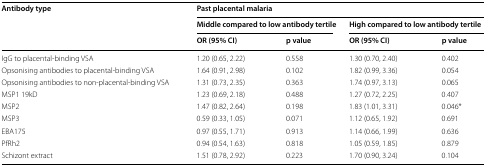
<table><thead><tr><td rowspan="3"><b>Antibody type</b></td><td colspan="4"><b>Past placental malaria</b></td></tr><tr><td colspan="2"><b>Middle compared to low antibody tertile</b></td><td colspan="2"><b>High compared to low antibody tertile</b></td></tr><tr><td><b>OR (95% CI)</b></td><td><b>p value</b></td><td><b>OR (95% CI)</b></td><td><b>p value</b></td></tr></thead><tbody><tr><td>IgG to placental-binding VSA</td><td>1.20 (0.65, 2.22)</td><td>0.558</td><td>1.30 (0.70, 2.40)</td><td>0.402</td></tr><tr><td>Opsonising antibodies to placental-binding VSA</td><td>1.64 (0.91, 2.98)</td><td>0.102</td><td>1.82 (0.99, 3.36)</td><td>0.054</td></tr><tr><td>Opsonising antibodies to non-placental-binding VSA</td><td>1.31 (0.73, 2.35)</td><td>0.363</td><td>1.74 (0.97, 3.13)</td><td>0.065</td></tr><tr><td>MSP1 19kD</td><td>1.23 (0.69, 2.18)</td><td>0.488</td><td>1.27 (0.72, 2.25)</td><td>0.407</td></tr><tr><td>MSP2</td><td>1.47 (0.82, 2.64)</td><td>0.198</td><td>1.83 (1.01, 3.31)</td><td>0.046*</td></tr><tr><td>MSP3</td><td>0.59 (0.33, 1.05)</td><td>0.071</td><td>1.12 (0.65, 1.92)</td><td>0.691</td></tr><tr><td>EBA175</td><td>0.97 (0.55, 1.71)</td><td>0.913</td><td>1.14 (0.66, 1.99)</td><td>0.636</td></tr><tr><td>PfRh2</td><td>0.94 (0.54, 1.63)</td><td>0.818</td><td>1.05 (0.59, 1.85)</td><td>0.879</td></tr><tr><td>Schizont extract</td><td>1.51 (0.78, 2.92)</td><td>0.223</td><td>1.70 (0.90, 3.24)</td><td>0.104</td></tr></tbody></table>